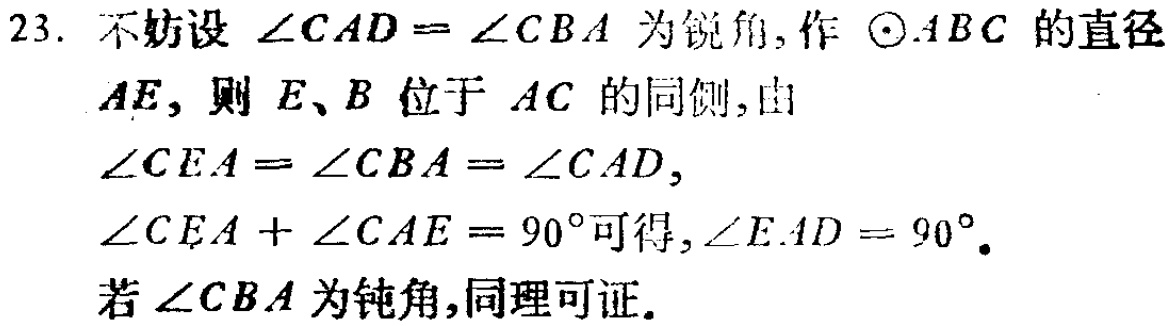
23. 不妨设\(\angle CAD = \angle CBA\)为锐角, 作\(\odot ABC\)的直径\(AE\), 则\(E、B\)位于\(AC\)的同侧, 由
\(\angle CEA=\angle CBA = \angle CAD\),
\(\angle CEA+\angle CAE = 90^{\circ}\)可得, \(\angle EAD = 90^{\circ}\).
若\(\angle CBA\)为钝角, 同理可证.